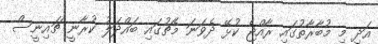
އަދި މި މުބާރާތުގައި ރާއްޖެ ކުޅޭ ދެވަނަ މެޗުގައި ބައްދަލު ކުރާނީ ޗައިނީސް